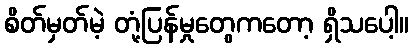
စိတ်မှတ်မဲ့ တုံ့ပြန်မှုတွေကတော့ ရှိသပေါ့။